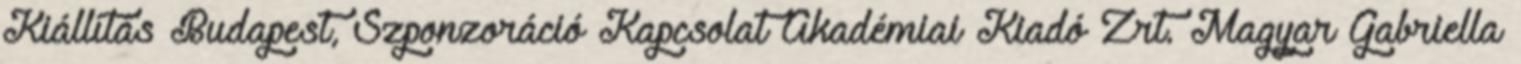
Kiállítás Budapest, Szponzoráció Kapcsolat Akadémiai Kiadó Zrt. Magyar Gabriella